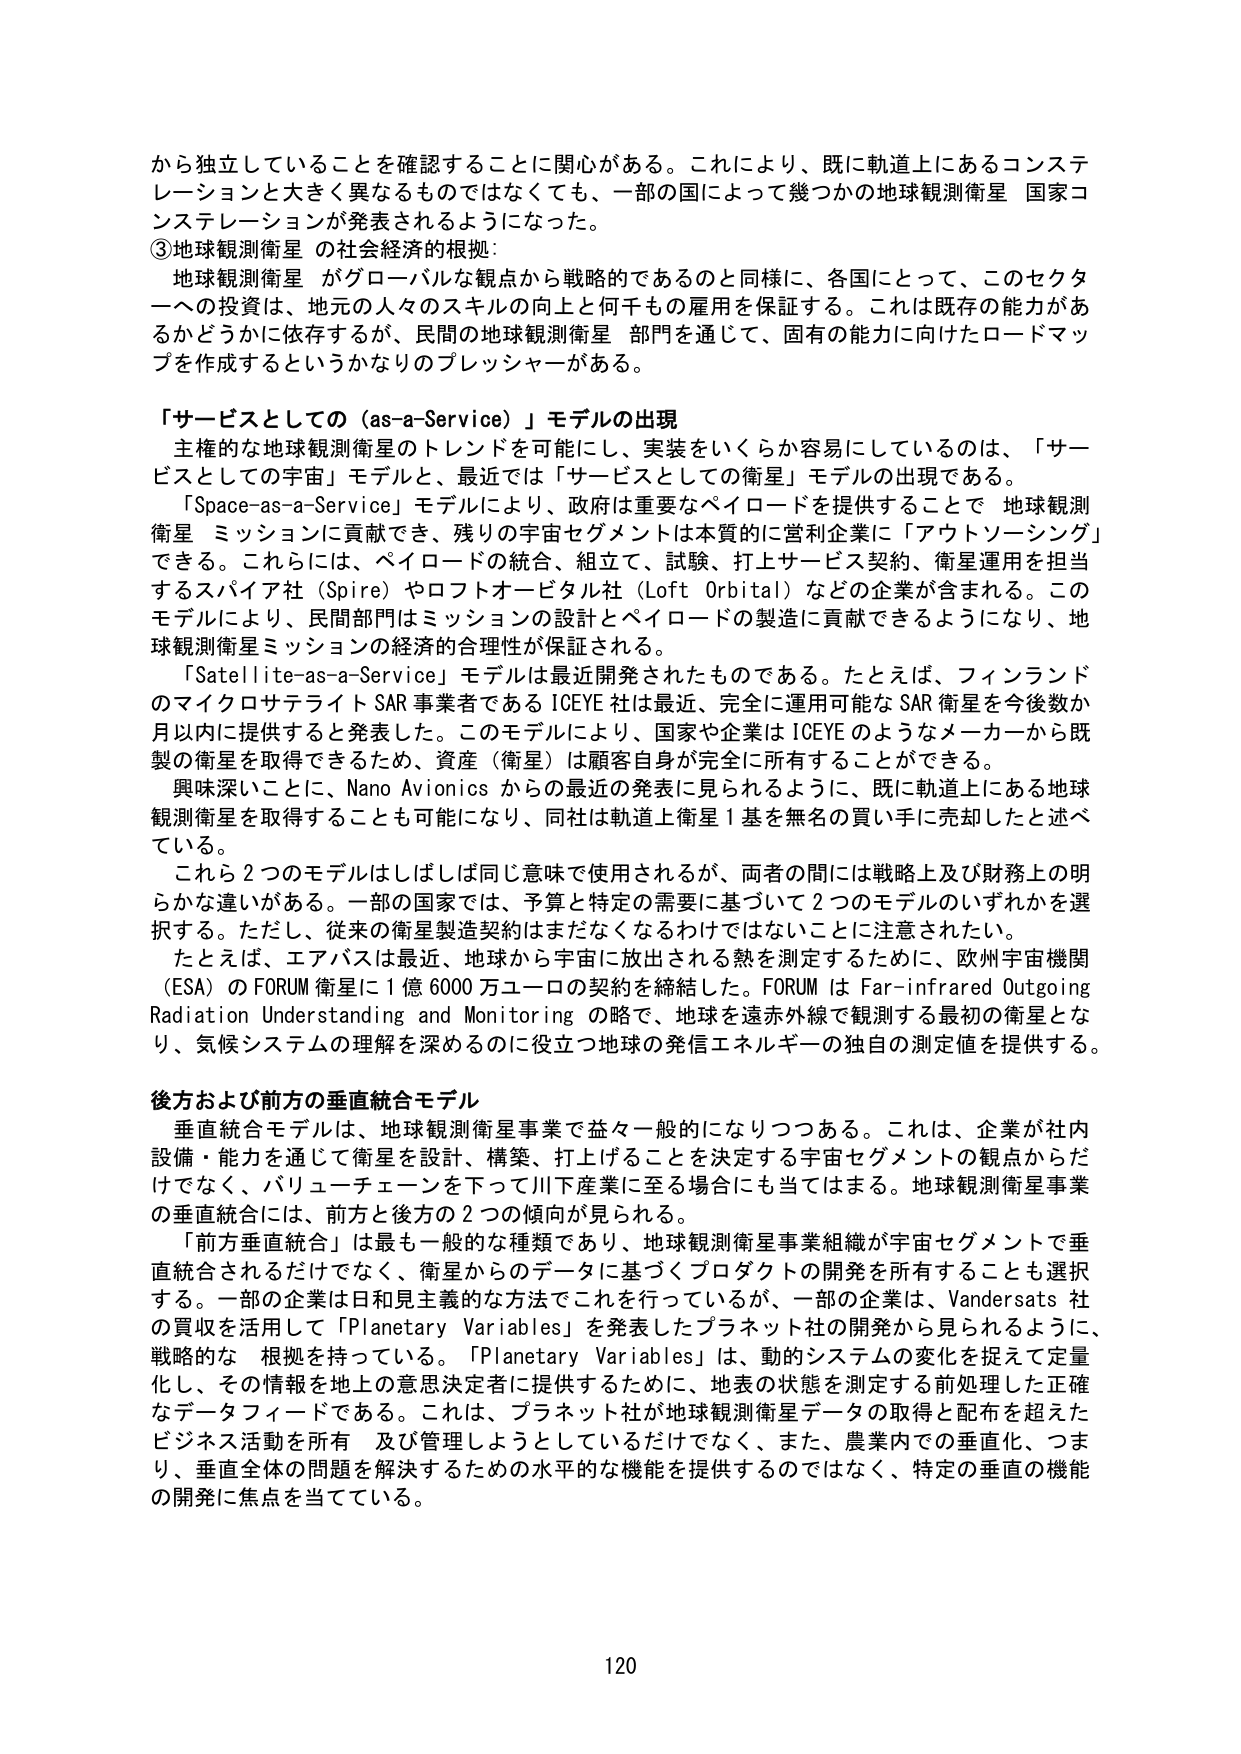
から独立していることを確認することに関心がある。これにより、既に軌道上にあるコンステレーションと大きく異なるものではなくても、一部の国によって幾つかの地球観測衛星 国家コンステレーションが発表されるようになった。

③地球観測衛星 の社会経済的根拠：
地球観測衛星 がグローバルな観点から戦略的であるのと同様に、各国にとって、このセクターへの投資は、地元の人々のスキルの向上と何千もの雇用を保証する。これは既存の能力があるかどうかに依存するが、民間の地球観測衛星 部門を通じて、固有の能力に向けたロードマップを作成するというかなりのプレッシャーがある。

「サービスとしての（as-a-Service）」モデルの出現
主権的な地球観測衛星のトレンドを可能にし、実装をいくらか容易にしているのは、「サービスとしての宇宙」モデルと、最近では「サービスとしての衛星」モデルの出現である。
「Space-as-a-Service」モデルにより、政府は重要なペイロードを提供することで 地球観測衛星 ミッションに貢献でき、残りの宇宙セグメントは本質的に営利企業に「アウトソーシング」できる。これらには、ペイロードの統合、組立て、試験、打上サービス契約、衛星運用を担当するスパイア社（Spire）やロフトオービタル社（Loft Orbital）などの企業が含まれる。このモデルにより、民間部門はミッションの設計とペイロードの製造に貢献できるようになり、地球観測衛星ミッションの経済的合理性が保証される。
「Satellite-as-a-Service」モデルは最近開発されたものである。たとえば、フィンランドのマイクロサテライト SAR 事業者である ICEYE 社は最近、完全に運用可能な SAR 衛星を今後数か月以内に提供すると発表した。このモデルにより、国家や企業は ICEYE のようなメーカーから既製の衛星を取得できるため、資産（衛星）は顧客自身が完全に所有することができる。
興味深いことに、Nano Avionics からの最近の発表に見られるように、既に軌道上にある地球観測衛星を取得することも可能になり、同社は軌道上衛星１基を無名の買い手に売却したと述べている。
これら２つのモデルはしばしば同じ意味で使用されるが、両者の間には戦略上及び財務上の明らかな違いがある。一部の国家では、予算と特定の需要に基づいて２つのモデルのいずれかを選択する。ただし、従来の衛星製造契約はまだなくなるわけではないことに注意されたい。
たとえば、エアバスは最近、地球から宇宙に放出される熱を測定するために、欧州宇宙機関（ESA）の FORUM 衛星に１億６０００万ユーロの契約を締結した。FORUM は Far-infrared Outgoing Radiation Understanding and Monitoring の略で、地球を遠赤外線で観測する最初の衛星となり、気候システムの理解を深めるのに役立つ地球の発信エネルギーの独自の測定値を提供する。

後方および前方の垂直統合モデル
垂直統合モデルは、地球観測衛星事業で益々一般的になりつつある。これは、企業が社内設備・能力を通じて衛星を設計、構築、打上げることを決定する宇宙セグメントの観点からだけでなく、バリューチェーンを下って川下産業に至る場合にも当てはまる。地球観測衛星事業の垂直統合には、前方と後方の２つの傾向が見られる。
「前方垂直統合」は最も一般的な種類であり、地球観測衛星事業組織が宇宙セグメントで垂直統合されるだけでなく、衛星からのデータに基づくプロダクトの開発を所有することも選択する。一部の企業は日和見主義的な方法でこれを行っているが、一部の企業は、Vandersats 社の買収を活用して「Planetary Variables」を発表したプラネット社の開発から見られるように、戦略的な 根拠を持っている。「Planetary Variables」は、動的システムの変化を捉えて定量化し、その情報を地上の意思決定者に提供するために、地表の状態を測定する前処理した正確なデータフィードである。これは、プラネット社が地球観測衛星データの取得と配布を超えたビジネス活動を所有 及び管理しようとしているだけでなく、また、農業内での垂直化、つまり、垂直全体の問題を解決するための水平的な機能を提供するのではなく、特定の垂直の機能の開発に焦点を当てている。

120